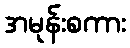
အမုန်းစကား